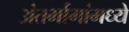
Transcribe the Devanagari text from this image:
अंतर्भागांमध्ये